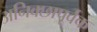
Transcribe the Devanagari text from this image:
अनिक्छापूर्वक